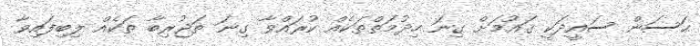
ޙަސަން ސައީދަކީ ޤައުމަށް ގިނަ ހިދުމަތްތަކެއް ކުރައްވާ ގިނަ ތަޖުރިބާ ތަކެއް ލިބިފައިވާ